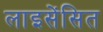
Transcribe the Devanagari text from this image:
लाइसेंसित